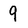
Character: 9